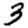
Digit: 3